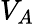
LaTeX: V_{A}